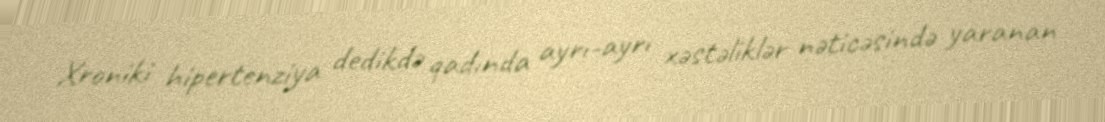
Xroniki hipertenziya dedikdə qadında ayrı-ayrı xəstəliklər nəticəsində yaranan